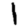
Digit: 1